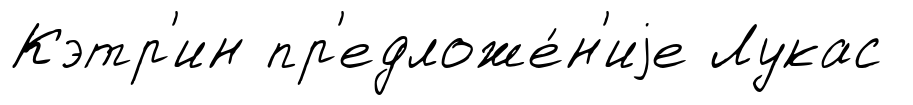
Кэтр'ин пр'едложе́н'иjе Лукас